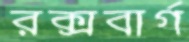
রক্সবার্গ